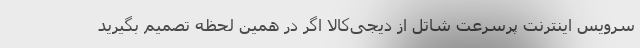
سرویس‌ اینترنت پرسرعت شاتل از دیجی‌کالا اگر در همین لحظه تصمیم بگیرید